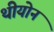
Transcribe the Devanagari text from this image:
थीयोन